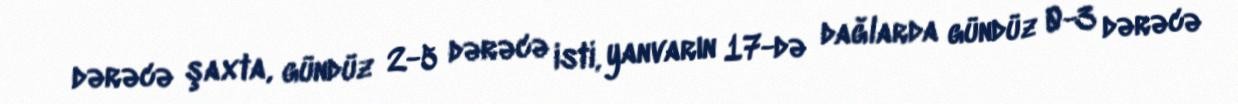
dərəcə şaxta, gündüz 2-5 dərəcə isti, yanvarın 17-də dağlarda gündüz 0-3 dərəcə